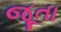
જૂતા